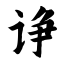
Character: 诤